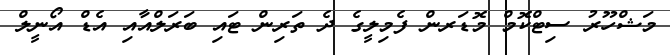
މަޝްހޫރު ސިޓްކޮމް މޮޑަރން ފެމިލީގެ ދެ ތަރިން ޓައި ބަރަލްއާއި އެޑް އޯނީލް